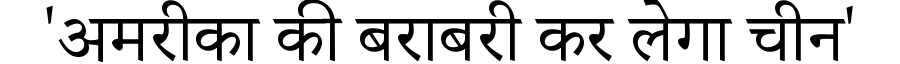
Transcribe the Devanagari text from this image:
'अमरीका की बराबरी कर लेगा चीन'